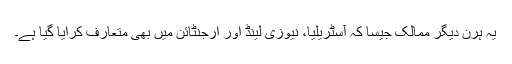
یہ ہرن دیگر ممالک جیسا کہ آسٹریلیا، نیوزی لینڈ اور ارجنٹائن میں بھی متعارف کرایا گیا ہے۔